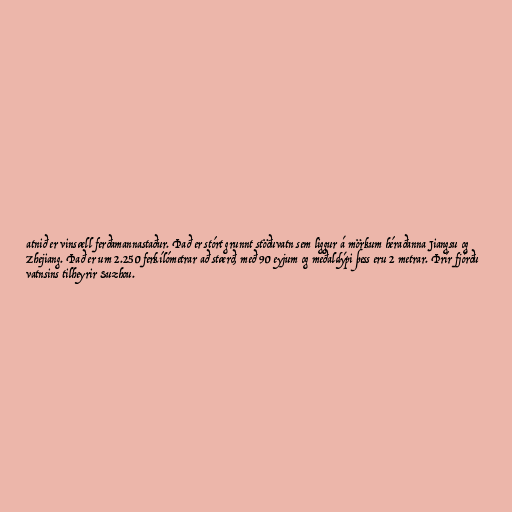
atnið er vinsæll ferðamannastaður. Það er stórt grunnt stöðuvatn sem liggur á mörkum héraðanna Jiangsu og
Zhejiang. Það er um 2.250 ferkílómetrar að stærð, með 90 eyjum og meðaldýpi þess eru 2 metrar. Þrír fjórðu
vatnsins tilheyrir Suzhou.